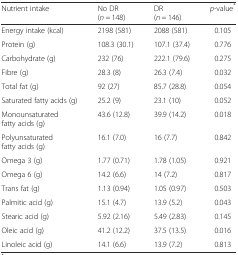
| Nutrient intake | No DR (n = 148) | DR (n = 146) | p-value* |
 | --- | --- | --- | --- |
 | Energy intake (kcal) | 2198 (581) | 2088 (581) | 0.105 |
 | Protein (g) | 108.3 (30.1) | 107.1 (37.4) | 0.776 |
 | Carbohydrate (g) | 232 (76) | 222.1 (79.6) | 0.275 |
 | Fibre (g) | 28.3 (8) | 26.3 (7.4) | 0.032 |
 | Total fat (g) | 92 (27) | 85.7 (28.8) | 0.054 |
 | Saturated fatty acids (g) | 25.2 (9) | 23.1 (10) | 0.052 |
 | Monounsaturated fatty acids (g) | 43.6 (12.8) | 39.9 (14.2) | 0.018 |
 | Polyunsaturated fatty acids (g) | 16.1 (7.0) | 16 (7.7) | 0.842 |
 | Omega 3 (g) | 1.77 (0.71) | 1.78 (1.05) | 0.921 |
 | Omega 6 (g) | 14.2 (6.6) | 14 (7.2) | 0.817 |
 | Trans fat (g) | 1.13 (0.94) | 1.05 (0.97) | 0.503 |
 | Palmitic acid (g) | 15.1 (4.7) | 13.9 (5.2) | 0.043 |
 | Stearic acid (g) | 5.92 (2.16) | 5.49 (2.83) | 0.145 |
 | Oleic acid (g) | 41.2 (12.2) | 37.5 (13.5) | 0.016 |
 | Linoleic acid (g) | 14.1 (6.6) | 13.9 (7.2) | 0.813 |